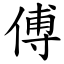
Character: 傅